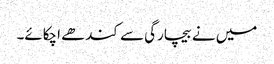
میں نے بیچارگی سے کندھے اچکائے۔